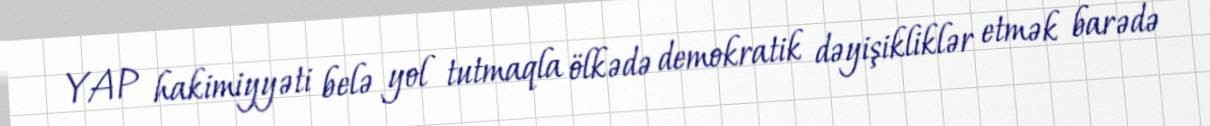
YAP hakimiyyəti belə yol tutmaqla ölkədə demokratik dəyişikliklər etmək barədə